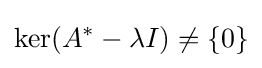
\ker(A^{*}-\lambda I)\neq \{0\}